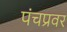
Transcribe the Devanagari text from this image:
पंचप्रवर